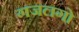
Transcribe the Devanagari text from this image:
गजलगो